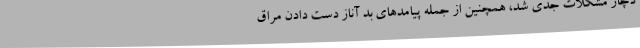
دچار مشکلات جدی شد، همچنین از جمله پیامدهای بد آناز دست دادن مراق